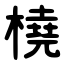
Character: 橈